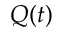
Q ( t )